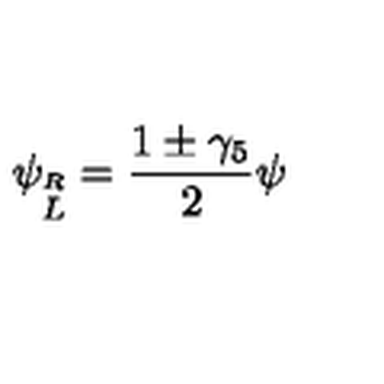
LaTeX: \psi _ { \stackrel { R } { L } } = { \frac { 1 \pm \gamma _ { 5 } } { 2 } } \psi